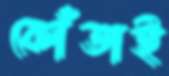
কোঁতাই